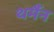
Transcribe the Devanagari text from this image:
थर्मैन